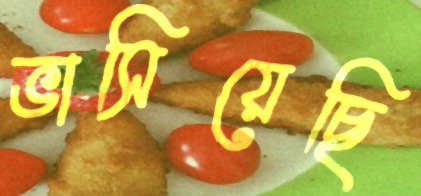
ভাসিয়েছি